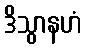
ဒိသွာနဟံ